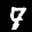
Label: 7